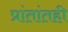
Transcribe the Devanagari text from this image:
प्रांतांतही